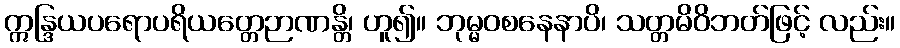
ဣန္ဒြယပရောပရိယတ္တေဉာဏန္တိ၊ ဟူ၍။ ဘုမ္မဝစနေနာပိ၊ သတ္တမိဝိဘတ်ဖြင့် လည်း။